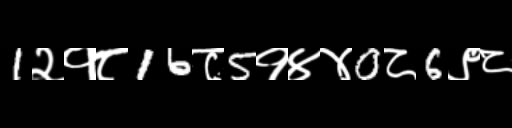
Text: 1२१८16८5१४४0८6९८